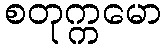
စတုက္ကမော